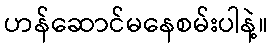
ဟန်ဆောင်မနေစမ်းပါနဲ့။